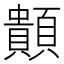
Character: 䫭